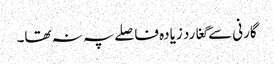
گارنی سے گغارد زیادہ فاصلے پہ نہ تھا۔